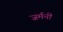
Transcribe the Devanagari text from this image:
जर्मनीं